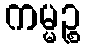
ကမ္မဉ္စ